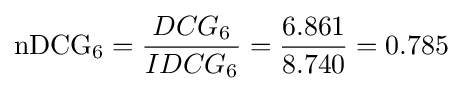
\mathrm {nDCG_{6}} ={\frac {DCG_{6}}{IDCG_{6}}}={\frac {6.861}{8.740}}=0.785